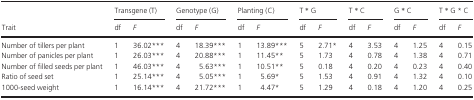
<table><thead><tr><td rowspan="2"><b>Trait</b></td><td colspan="2"><b>Transgene (T)</b></td><td colspan="2"><b>Genotype (G)</b></td><td colspan="2"><b>Planting (C)</b></td><td colspan="2"><b>T * G</b></td><td colspan="2"><b>T * C</b></td><td colspan="2"><b>G * C</b></td><td colspan="2"><b>T * G * C</b></td></tr><tr><td><b>df</b></td><td><b><i>F</i></b></td><td><b>df</b></td><td><b><i>F</i></b></td><td><b>df</b></td><td><b><i>F</i></b></td><td><b>df</b></td><td><b><i>F</i></b></td><td><b>df</b></td><td><b><i>F</i></b></td><td><b>df</b></td><td><b><i>F</i></b></td><td><b>df</b></td><td><b><i>F</i></b></td></tr></thead><tbody><tr><td>Number of tillers per plant</td><td>1</td><td>36.02***</td><td>4</td><td>18.39***</td><td>1</td><td>13.89***</td><td>5</td><td>2.71*</td><td>4</td><td>3.53</td><td>4</td><td>1.25</td><td>4</td><td>0.15</td></tr><tr><td>Number of panicles per plant</td><td>1</td><td>26.03***</td><td>4</td><td>20.88***</td><td>1</td><td>11.45**</td><td>5</td><td>1.73</td><td>4</td><td>0.78</td><td>4</td><td>1.38</td><td>4</td><td>0.71</td></tr><tr><td>Number of filled seeds per plant</td><td>1</td><td>46.03***</td><td>4</td><td>5.63***</td><td>1</td><td>10.51**</td><td>5</td><td>0.18</td><td>4</td><td>0.20</td><td>4</td><td>0.23</td><td>4</td><td>0.40</td></tr><tr><td>Ratio of seed set</td><td>1</td><td>25.14***</td><td>4</td><td>5.05***</td><td>1</td><td>5.69*</td><td>5</td><td>1.53</td><td>4</td><td>0.91</td><td>4</td><td>1.32</td><td>4</td><td>0.10</td></tr><tr><td>1000‐seed weight</td><td>1</td><td>16.14***</td><td>4</td><td>21.72***</td><td>1</td><td>4.47*</td><td>5</td><td>1.29</td><td>4</td><td>0.18</td><td>4</td><td>1.20</td><td>4</td><td>0.25</td></tr></tbody></table>